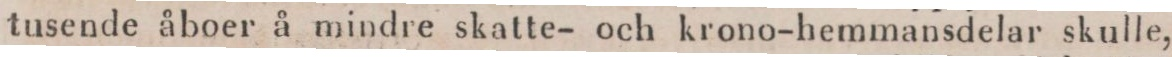
tusende åboer å mindre skatte- och krono-hemmansdelar skulle,